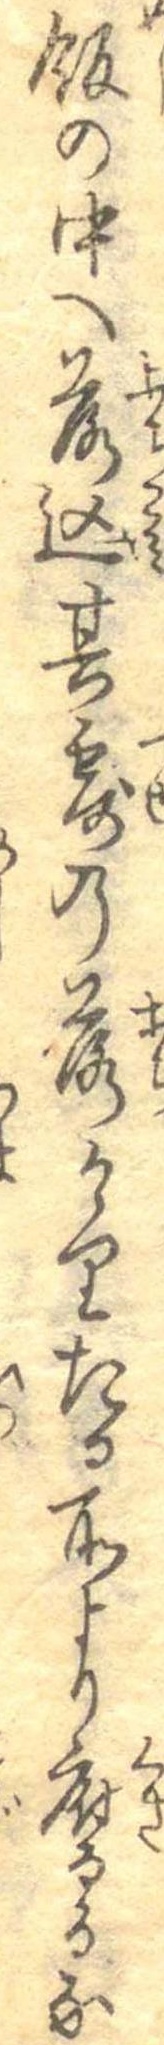
飯の中へ落込其露の落けりたる所より腐るな